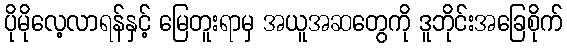
ပိုမိုလေ့လာရန်နှင့် မြေတူးရာမှ အယူအဆတွေကို ဒူဘိုင်းအခြေစိုက်